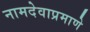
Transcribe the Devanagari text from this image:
नामदेवाप्रमाणे